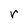
Character: r